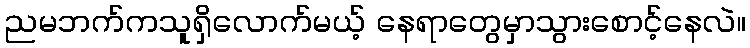
ညမဘက်ကသူရှိလောက်မယ့် နေရာတွေမှာသွားစောင့်နေလဲ။